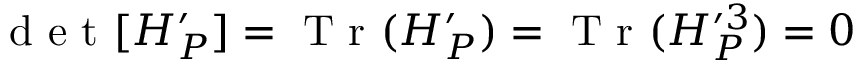
\mathrm { ~ d ~ e ~ t ~ } [ H _ { P } ^ { \prime } ] = \mathrm { ~ T ~ r ~ } ( H _ { P } ^ { \prime } ) = \mathrm { ~ T ~ r ~ } ( H _ { P } ^ { \prime 3 } ) = 0